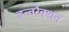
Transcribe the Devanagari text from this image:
इन्तरैक्शन